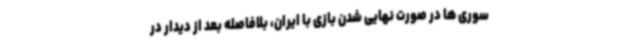
سوری ها در صورت نهایی شدن بازی با ایران، بلافاصله بعد از دیدار در